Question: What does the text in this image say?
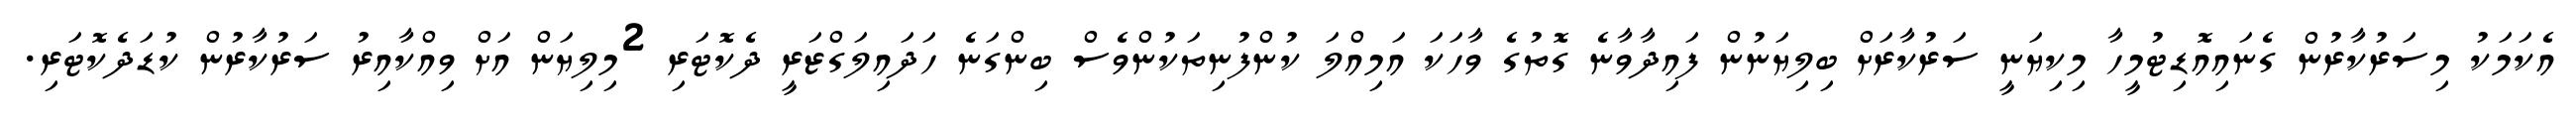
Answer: އެކަމަކު މިސަރުކާރުން ގެނައިއޮޑިޓުމީހާ މިކިޔަނީ ސަރުކާރަށް ބިލިޔަނުން ފައިދާވާނެ ގޮތުގެ ވާހަކަ އަމިއްލަ ކުންފުނިތަކުންވެސް ބިންގަނެ ހަދައިލަގްޒަރީ ދެކޮޓަރި 2މިލިޔަން އަށް ވިއްކާއިރު ސަރުކާރުން ކުޑަދެކޮޓަރި.